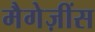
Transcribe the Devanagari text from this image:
मैगेज़ींस